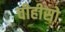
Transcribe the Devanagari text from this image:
चीहीसो